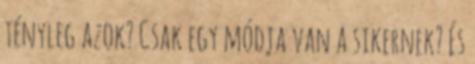
tényleg azok? Csak egy módja van a sikernek? És